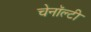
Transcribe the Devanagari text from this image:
चेनॉल्टी